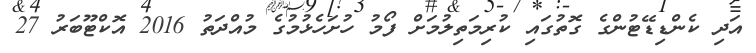
އަދި ކެންޑިޑޭޓުންގެ ގޮތުގައި ކުރިމަތިލުމަށް ފޯމު ހުށަހެޅުމުގެ މުއްދަތު 2016 އޮކްޓޫބަރު 27